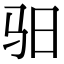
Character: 驲